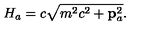
H _ { a } = c \sqrt { m ^ { 2 } c ^ { 2 } + { \bf p } _ { a } ^ { 2 } } .